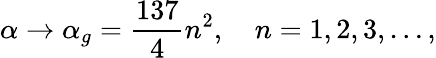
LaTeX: \alpha\to\alpha_{g}={\frac{137}{4}}n^{2},\quad n=1,2,3,\dots,